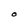
Character: O